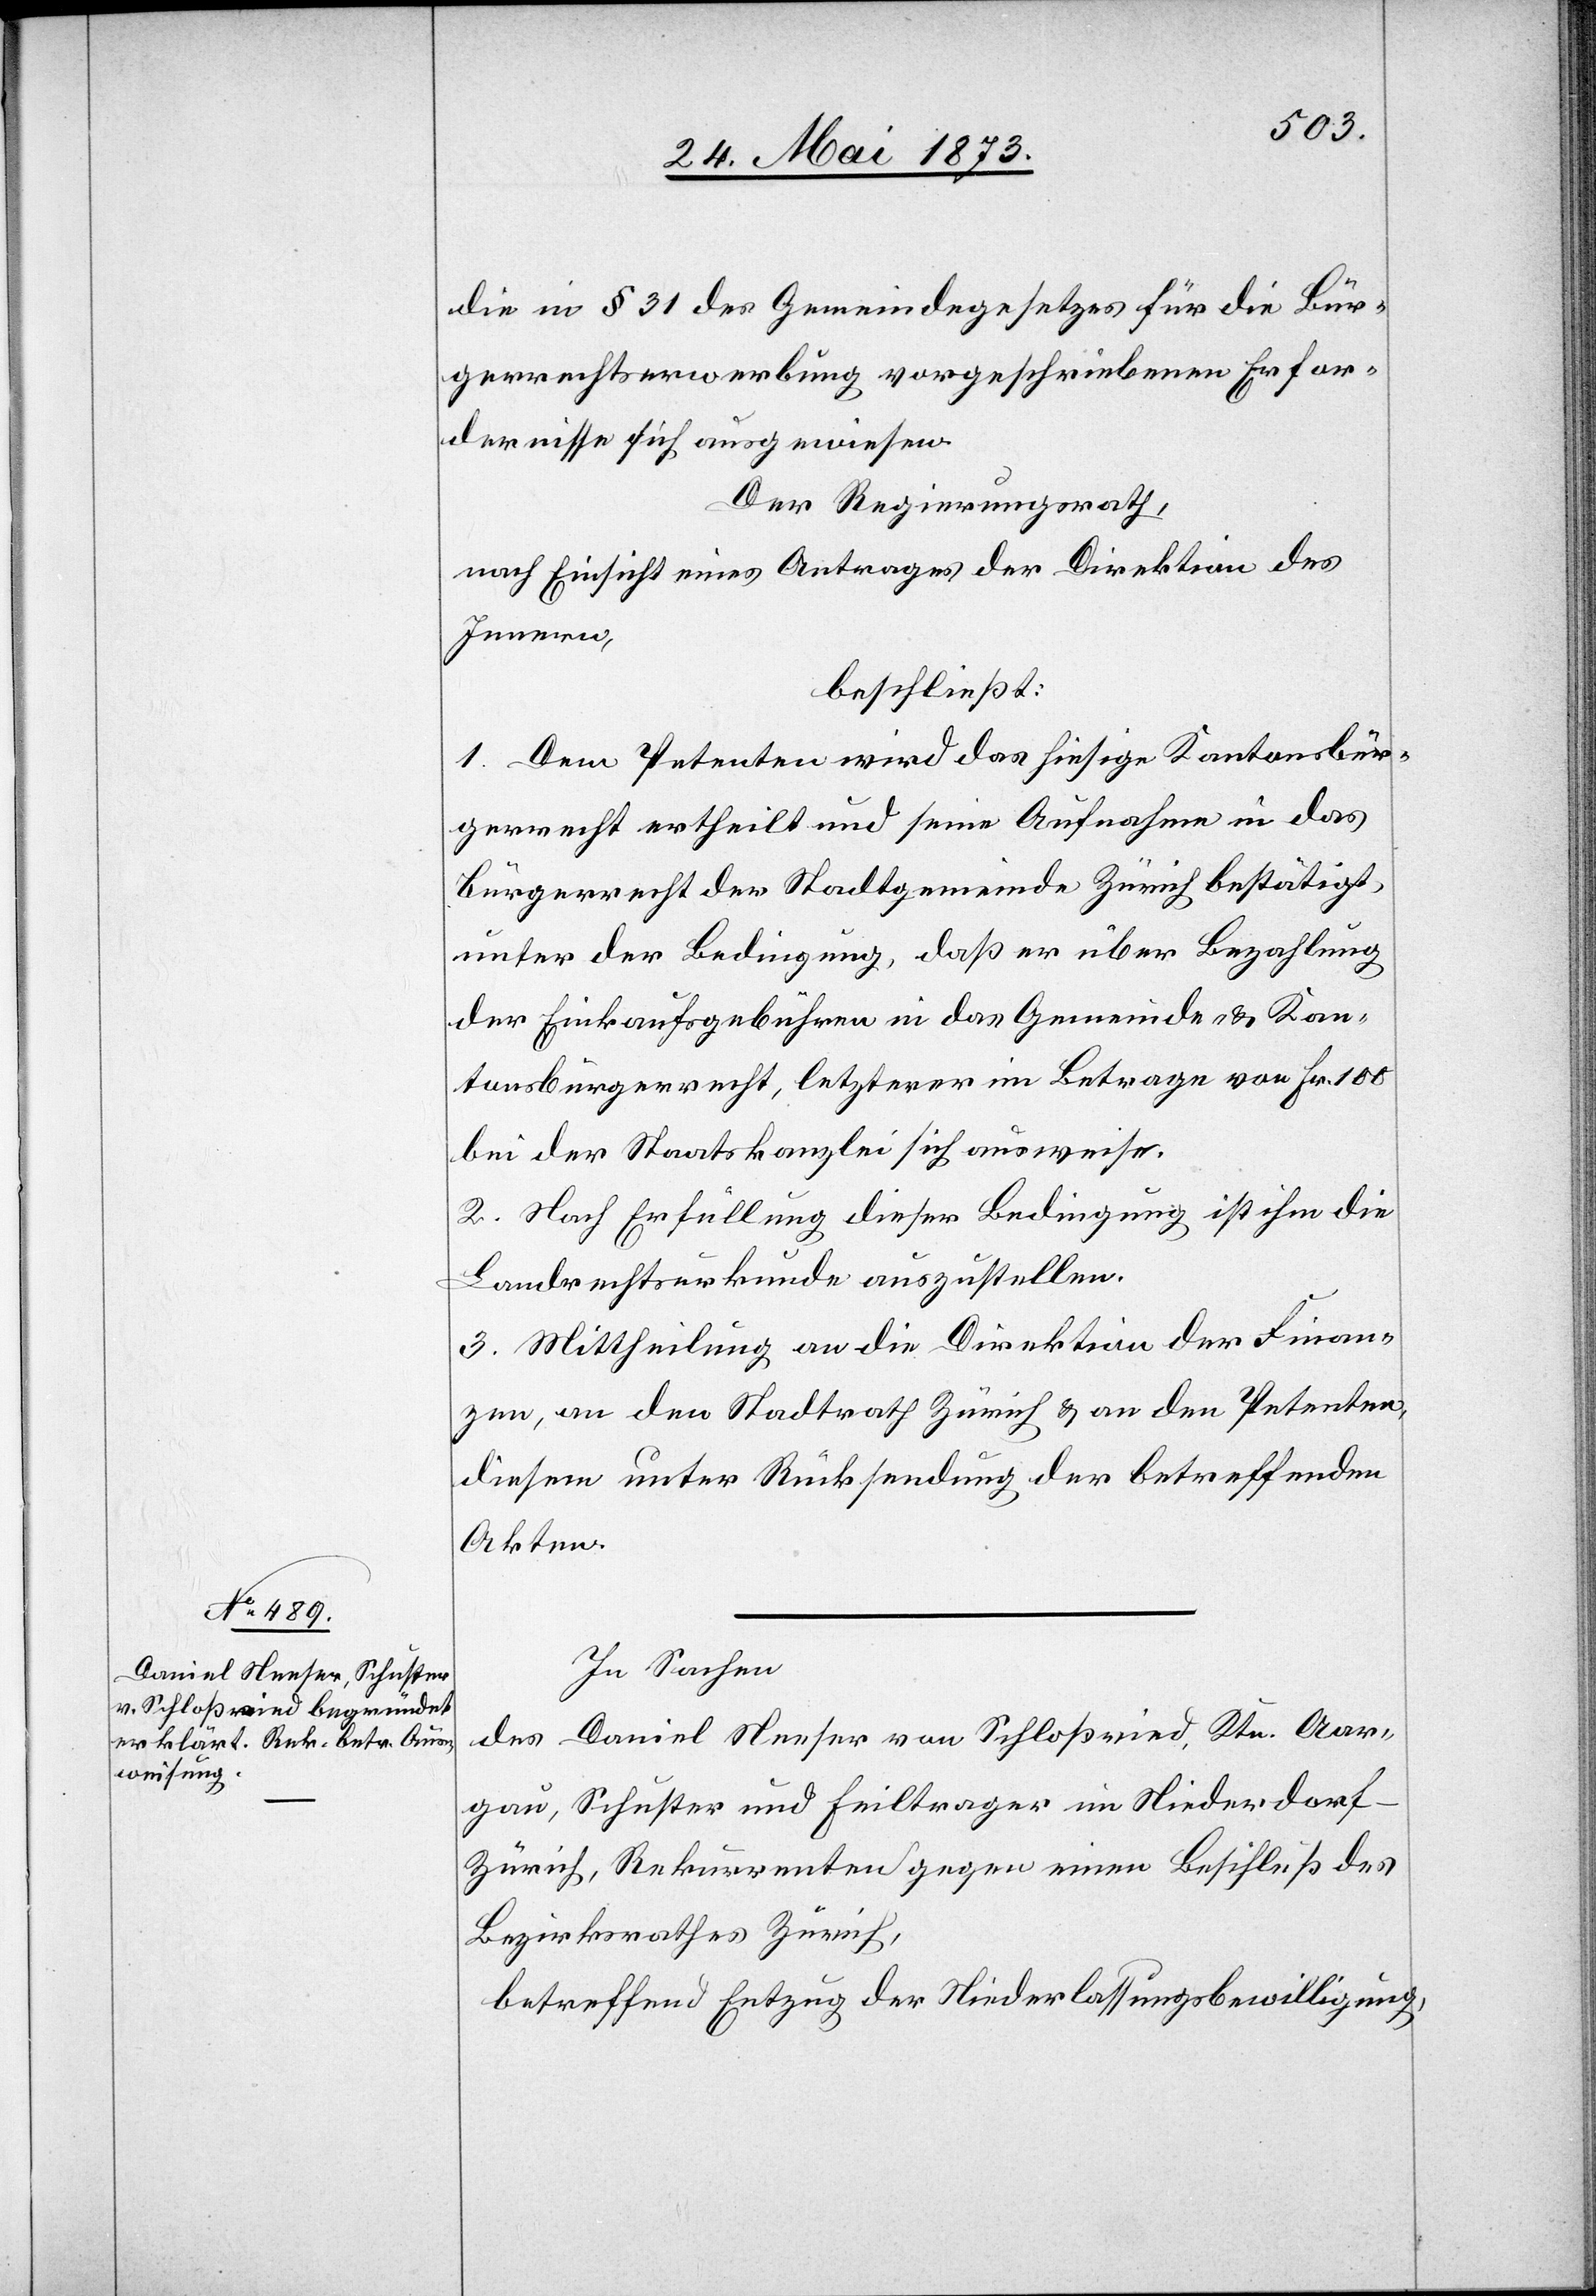
die in § 31 des Gemeindegesetzes für die Bür¬
gerrechtserwerbung vorgeschriebenen Erfor¬
dernisse sich ausgewiesen.
Der Regierungsrath,
nach Einsicht eines Antrages der Direktion des
Innern,
beschließt:
1. Dem Petenten wird das hiesige Kantonsbür¬
gerrecht ertheilt und seine Aufnahme in das
Bürgerrecht der Stadtgemeinde Zürich bestätigt,
unter der Bedingung, daß er über Bezahlung
der Einkaufsgebühren in das Gemeinde- & Kan¬
tonsbürgerrecht, letzterer im Betrage von Fr. 100
bei der Staatskanzlei sich ausweise.
2. Nach Erfüllung dieser Bedingung ist ihm die
Landrechtsurkunde auszustellen.
3. Mittheilung an die Direktion der Finan¬
zen, an den Stadtrath Zürich & an den Petenten,
diesem unter Rücksendung der betreffenden
Akten.
In Sachen
des Daniel Neeser von Schloßried, Ktn. Aar¬
gau, Schuster und Feiltrager im Niederdor¬
f-Zürich, Rekurrenten gegen einen Beschluß des
Bezirksrathes Zürich,
betreffend Entzug der Niederlassungsbewilligung,